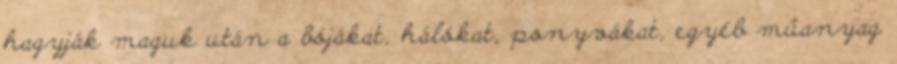
hagyják maguk után a bójákat, hálókat, ponyvákat, egyéb műanyag